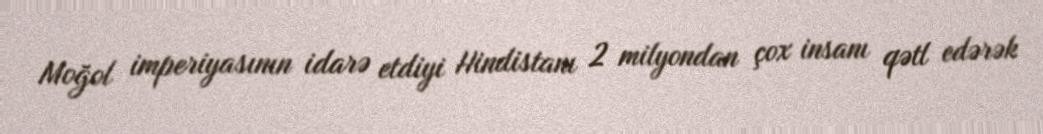
Moğol imperiyasının idarə etdiyi Hindistanı 2 milyondan çox insanı qətl edərək